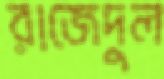
রাজেদুল